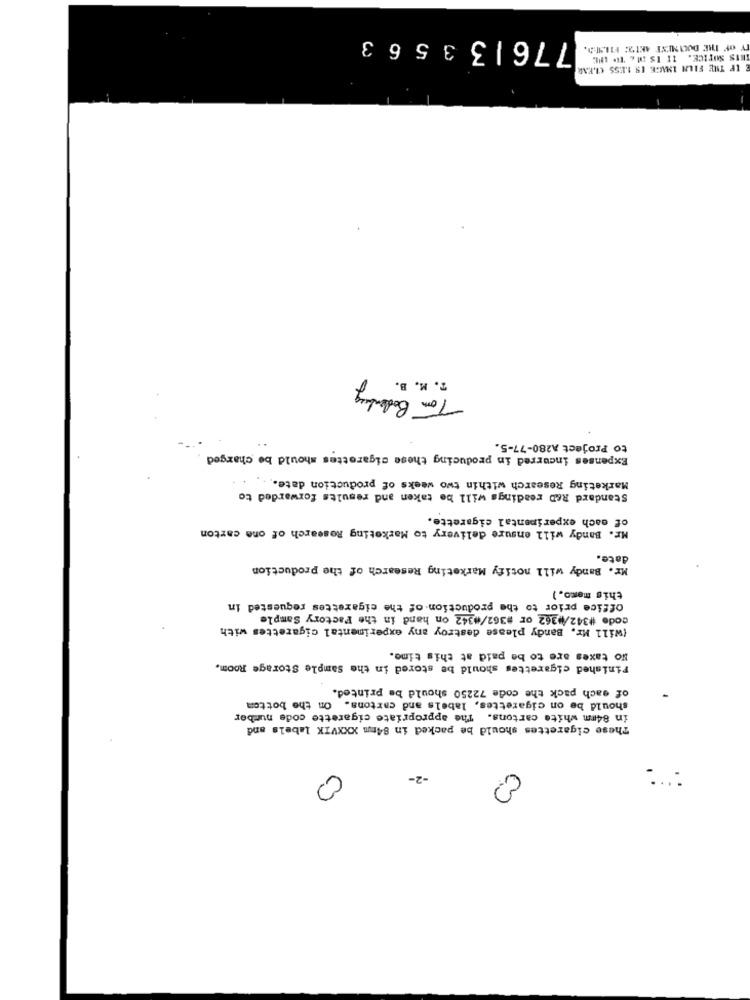
776133563
TY OF THE DUCIMENT ANTE FILSA.
IETS NOTICE. IT IS ME TO LHE
IF THE FILN IMAGE IS LESS CLEAR
T. M. B.
Tor Boledy
to Project A280-77-5.
Expenses incurred in producing these cigarettes should be charged
Marketing Research within two weeks of production date ..
Standard R&D readings will be taken and results forwarded to
of each experimental cigarette.
Mr. Bandy will ensure delivery to Marketing Research of one carton
date.
Mr. Bandy will notify Marketing Research of the production
this memo. )
office prior to the production of the cigarettes requested in
code #342/ 362 or #362/#342 on hand in the Factory Sample
(Will Mr. Bandy please destroy any experimental cigarettes with
No taxes are to be paid at this time.
Finished cigarettes should be stored in the Sample Storage Room,
of each pack the code 72250 should be printed.
should be on cigarettes, labels and cartons. On the bottom
in 84mm white cartons. The appropriate cigarette code nurber
These cigarettes should be packed in 84mm XXXVIK labels and
0
-2-